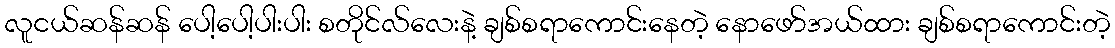
လူငယ်ဆန်ဆန် ပေါ့ပေါ့ပါးပါး စတိုင်လ်လေးနဲ့ ချစ်စရာကောင်းနေတဲ့ နောဖော်အယ်ထား ချစ်စရာကောင်းတဲ့